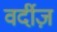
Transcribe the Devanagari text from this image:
वर्दीज़